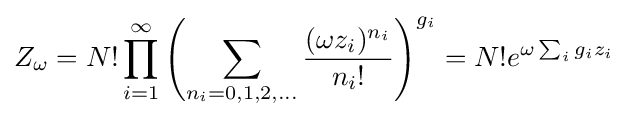
Z_{\omega }=N!\prod _{i=1}^{\infty }\left(\sum _{n_{i}=0,1,2,\ldots }{\frac {(\omega z_{i})^{n_{i}}}{n_{i}!}}\right)^{g_{i}}=N!e^{\omega \sum _{i}g_{i}z_{i}}